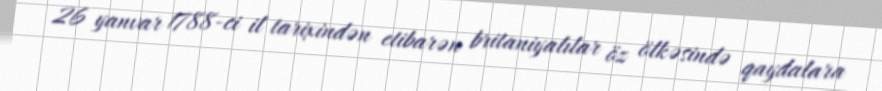
26 yanvar 1788-ci il tarixindən etibarən britaniyalılar öz ölkəsində qaydalara